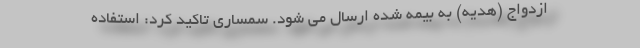
ازدواج (هدیه) به بیمه شده ارسال می شود. سمساری تاکید کرد: استفاده